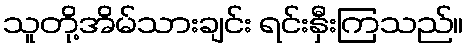
သူတို့အိမ်သားချင်း ရင်းနှီးကြသည်။